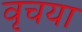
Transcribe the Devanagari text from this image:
वृचया